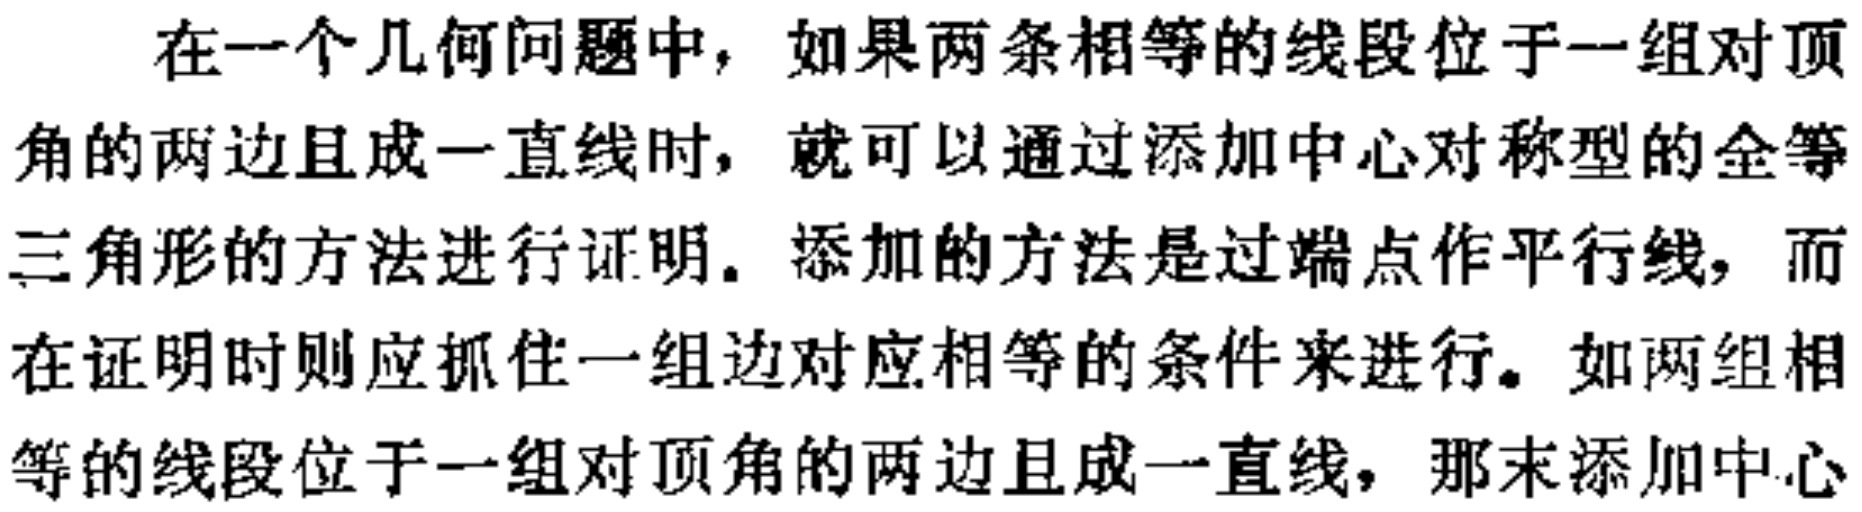
在一个几何问题中，如果两条相等的线段位于一组对顶角的两边且成一直线时，就可以通过添加中心对称型的全等三角形的方法进行证明。添加的方法是过端点作平行线，而在证明时则应抓住一组边对应相等的条件来进行。如两组相等的线段位于一组对顶角的两边且成一直线，那末添加中心